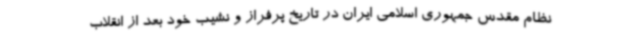
نظام مقدس جمهوری اسلامی ایران در تاریخ پرفراز و نشیب خود بعد از انقلاب